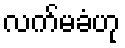
လက်မခံဟု